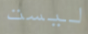
ليست